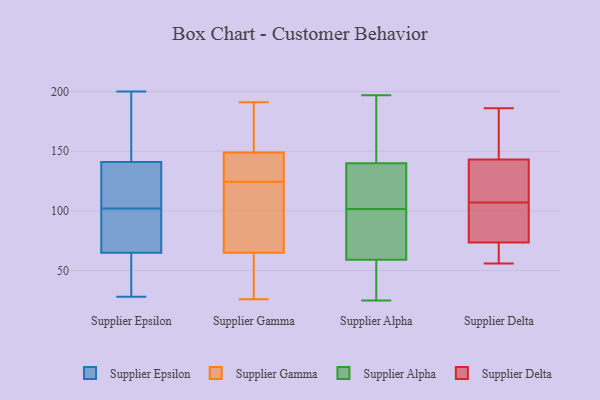
{"axis": {"x": "Latency (ms)", "y": "Value"}, "legend": ["Supplier Alpha", "Supplier Delta", "Supplier Epsilon", "Supplier Gamma"], "data": [{"x": "", "y": 62, "type": "Supplier Epsilon"}, {"x": "", "y": 197, "type": "Supplier Epsilon"}, {"x": "", "y": 72, "type": "Supplier Epsilon"}, {"x": "", "y": 28, "type": "Supplier Epsilon"}, {"x": "", "y": 108, "type": "Supplier Epsilon"}, {"x": "", "y": 132, "type": "Supplier Epsilon"}, {"x": "", "y": 192, "type": "Supplier Epsilon"}, {"x": "", "y": 31, "type": "Supplier Epsilon"}, {"x": "", "y": 85, "type": "Supplier Epsilon"}, {"x": "", "y": 90, "type": "Supplier Epsilon"}, {"x": "", "y": 113, "type": "Supplier Epsilon"}, {"x": "", "y": 96, "type": "Supplier Epsilon"}, {"x": "", "y": 141, "type": "Supplier Epsilon"}, {"x": "", "y": 50, "type": "Supplier Epsilon"}, {"x": "", "y": 147, "type": "Supplier Epsilon"}, {"x": "", "y": 109, "type": "Supplier Epsilon"}, {"x": "", "y": 200, "type": "Supplier Epsilon"}, {"x": "", "y": 65, "type": "Supplier Epsilon"}, {"x": "", "y": 182, "type": "Supplier Gamma"}, {"x": "", "y": 191, "type": "Supplier Gamma"}, {"x": "", "y": 65, "type": "Supplier Gamma"}, {"x": "", "y": 26, "type": "Supplier Gamma"}, {"x": "", "y": 126, "type": "Supplier Gamma"}, {"x": "", "y": 136, "type": "Supplier Gamma"}, {"x": "", "y": 41, "type": "Supplier Gamma"}, {"x": "", "y": 149, "type": "Supplier Gamma"}, {"x": "", "y": 123, "type": "Supplier Gamma"}, {"x": "", "y": 80, "type": "Supplier Gamma"}, {"x": "", "y": 87, "type": "Supplier Alpha"}, {"x": "", "y": 25, "type": "Supplier Alpha"}, {"x": "", "y": 140, "type": "Supplier Alpha"}, {"x": "", "y": 28, "type": "Supplier Alpha"}, {"x": "", "y": 59, "type": "Supplier Alpha"}, {"x": "", "y": 163, "type": "Supplier Alpha"}, {"x": "", "y": 100, "type": "Supplier Alpha"}, {"x": "", "y": 109, "type": "Supplier Alpha"}, {"x": "", "y": 197, "type": "Supplier Alpha"}, {"x": "", "y": 123, "type": "Supplier Alpha"}, {"x": "", "y": 51, "type": "Supplier Alpha"}, {"x": "", "y": 141, "type": "Supplier Alpha"}, {"x": "", "y": 83, "type": "Supplier Alpha"}, {"x": "", "y": 103, "type": "Supplier Alpha"}, {"x": "", "y": 102, "type": "Supplier Delta"}, {"x": "", "y": 56, "type": "Supplier Delta"}, {"x": "", "y": 120, "type": "Supplier Delta"}, {"x": "", "y": 136, "type": "Supplier Delta"}, {"x": "", "y": 172, "type": "Supplier Delta"}, {"x": "", "y": 57, "type": "Supplier Delta"}, {"x": "", "y": 63, "type": "Supplier Delta"}, {"x": "", "y": 84, "type": "Supplier Delta"}, {"x": "", "y": 165, "type": "Supplier Delta"}, {"x": "", "y": 92, "type": "Supplier Delta"}, {"x": "", "y": 186, "type": "Supplier Delta"}, {"x": "", "y": 56, "type": "Supplier Delta"}, {"x": "", "y": 104, "type": "Supplier Delta"}, {"x": "", "y": 154, "type": "Supplier Delta"}, {"x": "", "y": 123, "type": "Supplier Delta"}, {"x": "", "y": 143, "type": "Supplier Delta"}, {"x": "", "y": 143, "type": "Supplier Delta"}, {"x": "", "y": 58, "type": "Supplier Delta"}, {"x": "", "y": 110, "type": "Supplier Delta"}, {"x": "", "y": 92, "type": "Supplier Delta"}]}